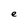
Character: e